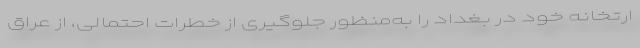
ارتخانه خود در بغداد را به‌منظور جلوگیری از خطرات احتمالی، از عراق